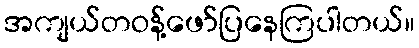
အကျယ်တဝန့်ဖော်ပြနေကြပါတယ်။